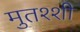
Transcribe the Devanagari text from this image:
मुतश्शी